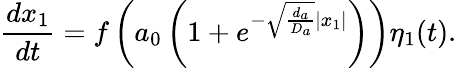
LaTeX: \frac{dx_{1}}{dt}=f\left(a_{0}\left(1+e^{-\sqrt{\frac{d_{a}}{D_{a}}}\left|x_{1}\right|}\right)\right)\eta_{1}(t).